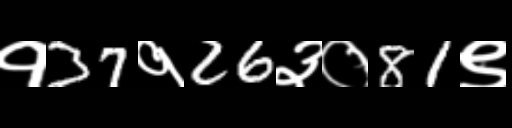
Text: १37१26३०81९